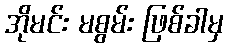
အိုမင်း မစွမ်း ဖြစ်ခါမှ